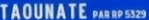
TAOUNATE PAR RP 532